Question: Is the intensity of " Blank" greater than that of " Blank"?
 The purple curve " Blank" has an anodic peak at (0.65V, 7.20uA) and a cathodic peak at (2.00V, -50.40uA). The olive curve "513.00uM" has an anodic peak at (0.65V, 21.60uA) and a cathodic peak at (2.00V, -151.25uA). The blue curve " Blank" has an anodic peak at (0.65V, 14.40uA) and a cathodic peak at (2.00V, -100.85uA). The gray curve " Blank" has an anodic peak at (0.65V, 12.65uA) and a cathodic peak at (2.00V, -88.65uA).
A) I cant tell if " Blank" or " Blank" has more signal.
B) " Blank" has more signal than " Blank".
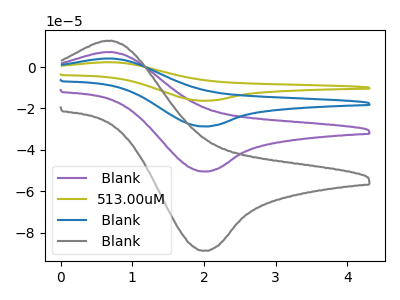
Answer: <think>All the peaks in " Blank" have a peak in " Blank" at the same potential. Every peak in " Blank" is higher than every peak in " Blank".
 </think>
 <answer>B) " Blank" has more signal than " Blank".</answer>
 <eval>B</eval>